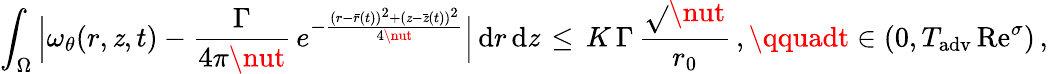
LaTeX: \int_{\Omega}\, \Bigl|\omega_{\theta}(r,\mathit{z},t)-\frac{{\Gamma}}{{4\pi\nut}}\, e^{-\frac{{(r-\bar{{r}}(t))^{2}+(\mathit{z}-\bar{{\mathit{z}}}(t))^{2}}}{{4\nut}}}\Bigr|\, \mathrm{{d}}r\, \mathrm{{d}}\mathit{z}\, \le\, K\, \Gamma\, \frac{{\sqrt{}{{\nut}}}}{{r_{0}}}\, ,\qquadt\in(0,T_{\mathrm{{adv}}}\, \mathrm{{Re}}^{\sigma})\, ,